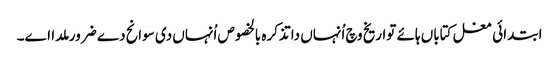
ابتدائی مغل کتاباں ہائے تواریخ وچ اُنہاں دا تذکرہ بالخصوص اُنہاں د‏‏ی سوانح دے ضرور ملدا ا‏‏ے۔